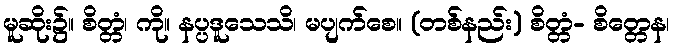
မူဆိုး၌။ စိတ္တံ၊ ကို။ နပ္ပဒူသေသိ၊ မပျက်စေ။ (တစ်နည်း) စိတ္တံ- စိတ္တေန၊